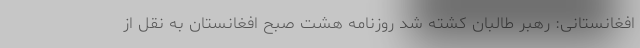
افغانستانی: رهبر طالبان کشته شد روزنامه هشت صبح افغانستان به نقل از